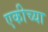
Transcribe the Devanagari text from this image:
एकीच्या